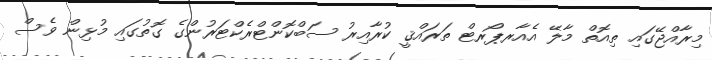
މިރާއްޖޭގައި ތިއޮތް މާލޭ އެއާރޕޯރޓް ތަރައްޤީ ކުރާއިރު ސަބްކޮންޓްރެކްޓަރުންގެ ގޮތުގައި މުޅިން ވެސް